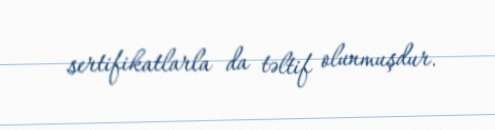
sertifikatlarla da təltif olunmuşdur.